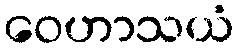
ဝေဟာသယံ